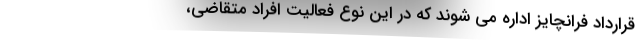
قرارداد فرانچایز اداره می شوند که در این نوع فعالیت افراد متقاضی،